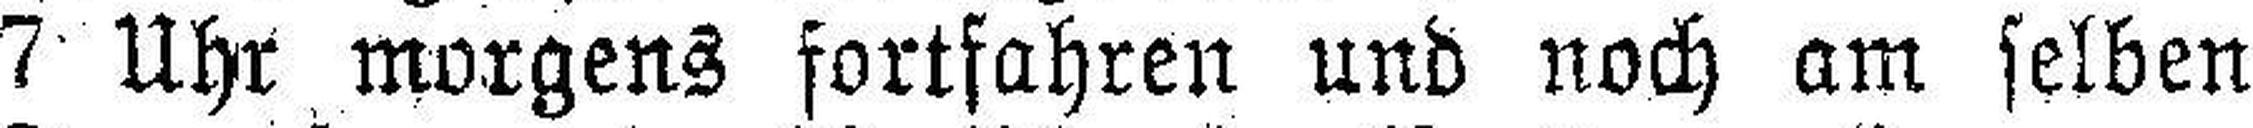
7 Uhr morgens fortfahren und noch am selben